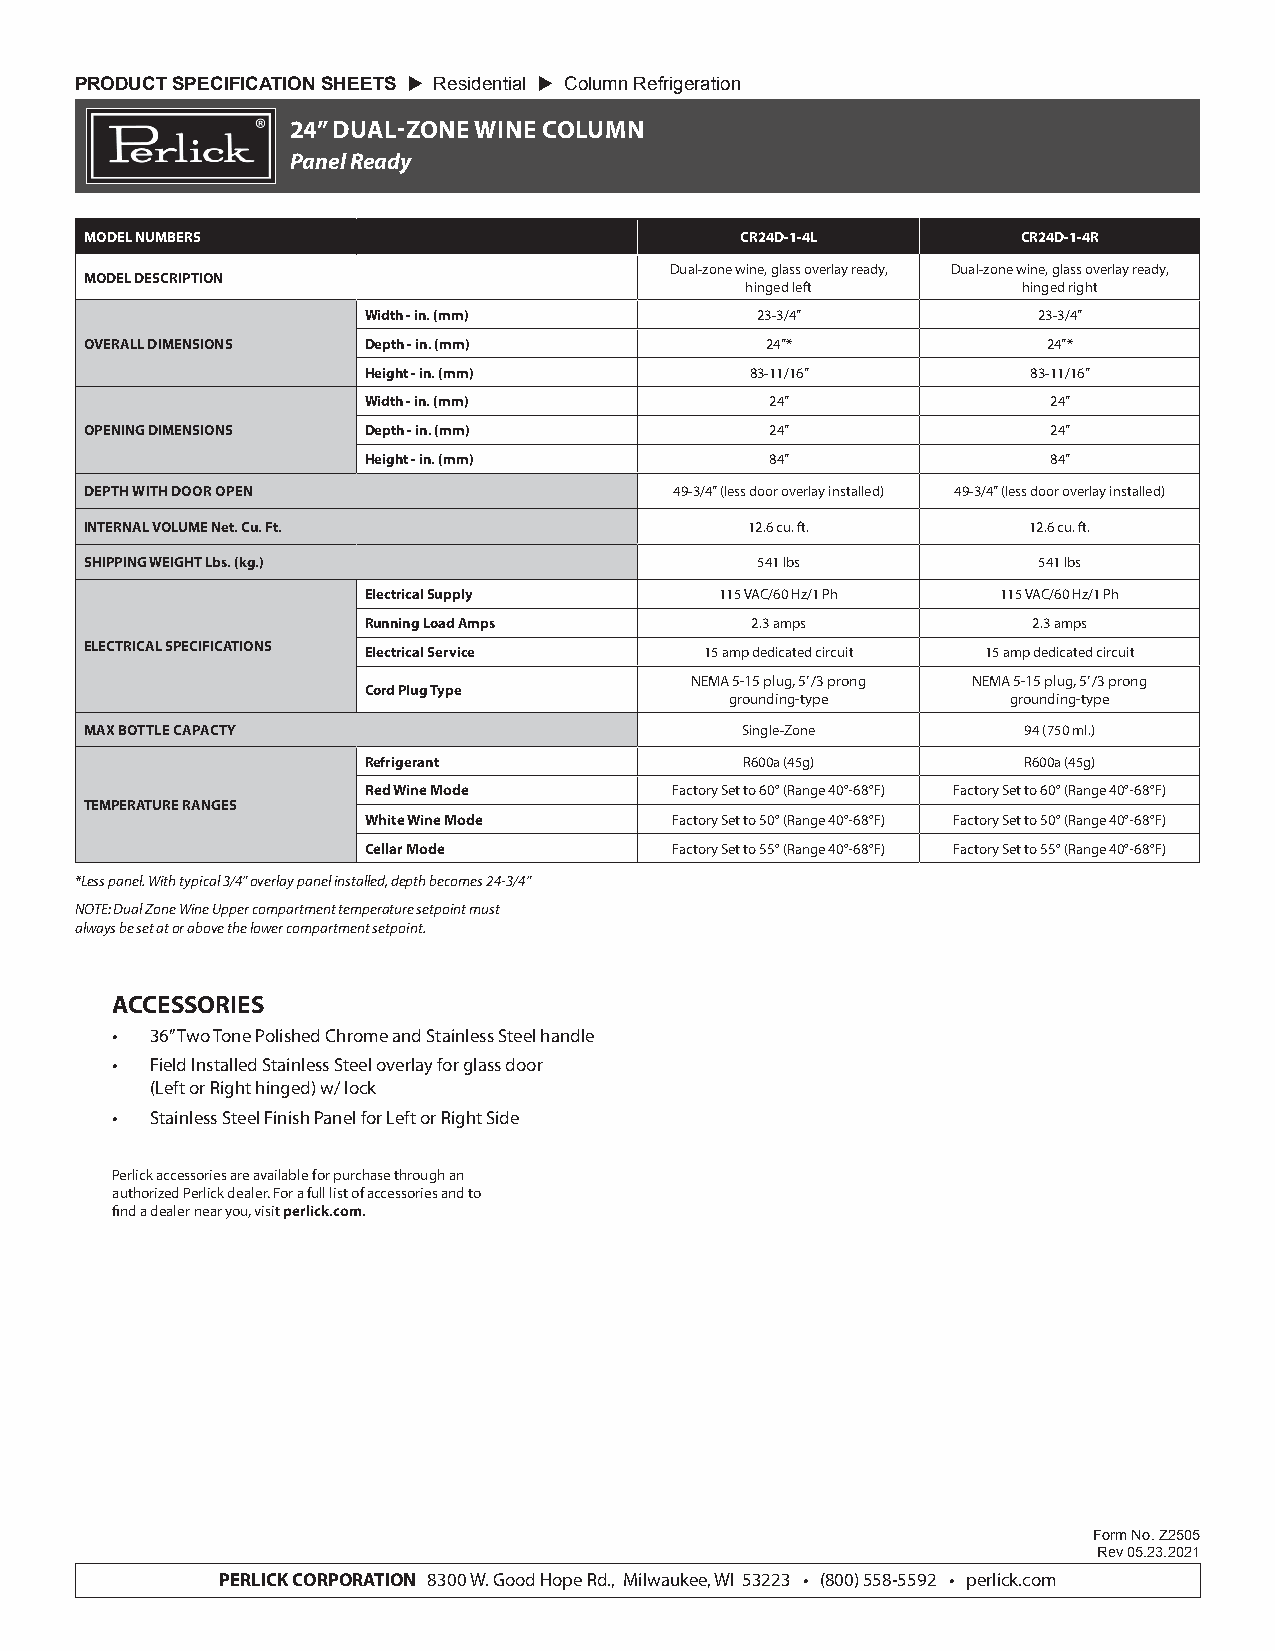
PRODUCT SPECIFICATION SHEETS  Residential  Column Refrigeration
 24” DUAL-ZONE WINE COLUMN
 Panel Ready
 MODEL NUMBERS                              CR24D-1-4L         CR24D-1-4R
 Dual-zone wine, glass overlay ready, Dual-zone wine, glass overlay ready,
 MODEL DESCRIPTION
 hinged left        hinged right
 Width - in. (mm)          23-3/4”            23-3/4”
 OVERALL DIMENSIONS Depth - in. (mm)          24”*              24”*
 Height - in. (mm)         83-11/16”         83-11/16”
 Width - in. (mm)           24”                24”
 OPENING DIMENSIONS Depth - in. (mm)          24”                24”
 Height - in. (mm)          84”                84”
 DEPTH WITH DOOR OPEN                   49-3/4” (less door overlay installed) 49-3/4” (less door overlay installed)
 INTERNAL VOLUME Net. Cu. Ft.                12.6 cu. ft.      12.6 cu. ft.
 SHIPPING WEIGHT Lbs. (kg.)                  541 lbs            541 lbs
 Electrical Supply       115 VAC/60 Hz/1 Ph 115 VAC/60 Hz/1 Ph
 Running Load Amps         2.3 amps          2.3 amps
 ELECTRICAL SPECIFICATIONS Electrical Service 15 amp dedicated circuit 15 amp dedicated circuit
 NEMA 5-15 plug, 5’ /3 prong NEMA 5-15 plug, 5’ /3 prong
 Cord Plug Type
 grounding-type     grounding-type
 MAX BOTTLE CAPACTY                         Single-Zone        94 (750 ml.)
 Refrigerant              R600a (45g)        R600a (45g)
 Red Wine Mode        Factory Set to 60° (Range 40°-68°F) Factory Set to 60° (Range 40°-68°F)
 TEMPERATURE RANGES
 White Wine Mode      Factory Set to 50° (Range 40°-68°F) Factory Set to 50° (Range 40°-68°F)
 Cellar Mode          Factory Set to 55° (Range 40°-68°F) Factory Set to 55° (Range 40°-68°F)
 *Less panel. With typical 3/4” overlay panel installed, depth becomes 24-3/4”
 NOTE: Dual Zone Wine Upper compartment temperature setpoint must
 always be set at or above the lower compartment setpoint.
 ACCESSORIES
 •  36” Two Tone Polished Chrome and Stainless Steel handle
 •  Field Installed Stainless Steel overlay for glass door
 (Left or Right hinged) w/ lock
 •  Stainless Steel Finish Panel for Left or Right Side
 Perlick accessories are available for purchase through an
 authorized Perlick dealer. For a full list of accessories and to
 find a dealer near you, visit perlick.com.
 Form No. Z2505
 Rev 05.23.2021
 PERLICK CORPORATION 8300 W. Good Hope Rd., Milwaukee, WI 53223 • (800) 558-5592 • perlick.com